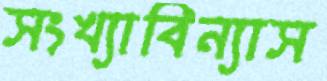
সংখ্যাবিন্যাস